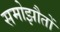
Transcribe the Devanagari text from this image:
समोझौतों